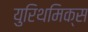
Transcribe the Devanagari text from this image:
युरिथमिक्स